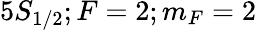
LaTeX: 5S_{1/2};F=2;m_{F}=2